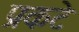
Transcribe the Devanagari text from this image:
प्रकटे